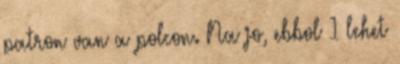
patron van a polcon. Na jo, ebbol 1 lehet